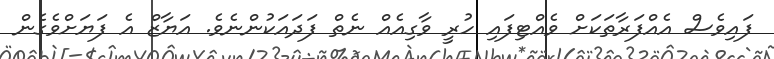
ފައިވެސް އެއްފަރާތަކަށް ވެއްޓިފައި ހުރީ ވާގިއެއް ނެތް ފަދައަކުންނެވެ. އަޔާޒް އެ ފަޔަށްވެގެން